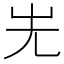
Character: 𡵈